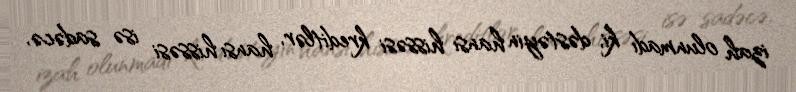
izah olunmadı ki, dəstəyin hansı hissəsi kreditlər, hansı hissəsi isə sadəcə,